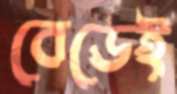
বেডেই